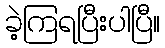
ခဲ့ကြရပြီးပါပြီ။